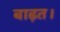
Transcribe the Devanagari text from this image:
बाढ़त।